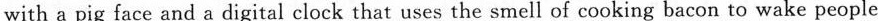
with a pig face and a digital clock that uses the smell of cooking bacon to wake people